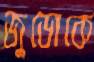
জুডোকে